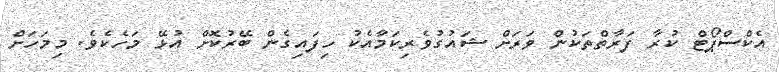
އެކްސްޕޯޓް ކުރާ ފަރާތްތަކުން ވަރަށް ޝައުގުވެރިކަމާއެކު ހިފައިގެން ބޭރުކޮށް އުޅޭ މަހެކެވެ. މިމަހަށް